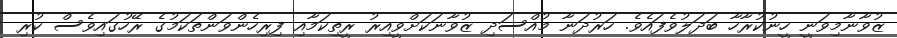
ޒުވާނާމިވަނީ ހީނުކުރާހާ ބަދަލުވެފައެވެ. ހަރުދަނާ މުއްސަދި ޒުވާނަކަށްވީއިރު ރީތިކަމާއި ފިރިހެންވަންތަކަމުގެ ރޭހުގައިވެސް ކުރި